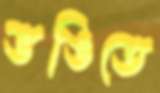
ভঙিতে